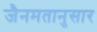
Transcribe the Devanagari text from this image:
जैनमतानुसार